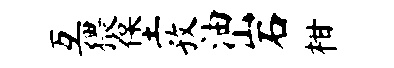
互猥堡孜油岩柑